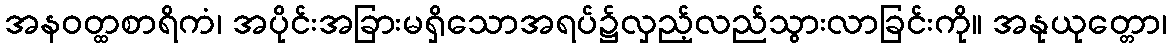
အနဝတ္ထစာရိကံ၊ အပိုင်းအခြားမရှိသောအရပ်၌လှည့်လည်သွားလာခြင်းကို။ အနုယုတ္တော၊